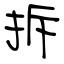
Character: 拆